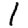
Digit: 1